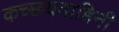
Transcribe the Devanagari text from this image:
कच्छयवाहिनी